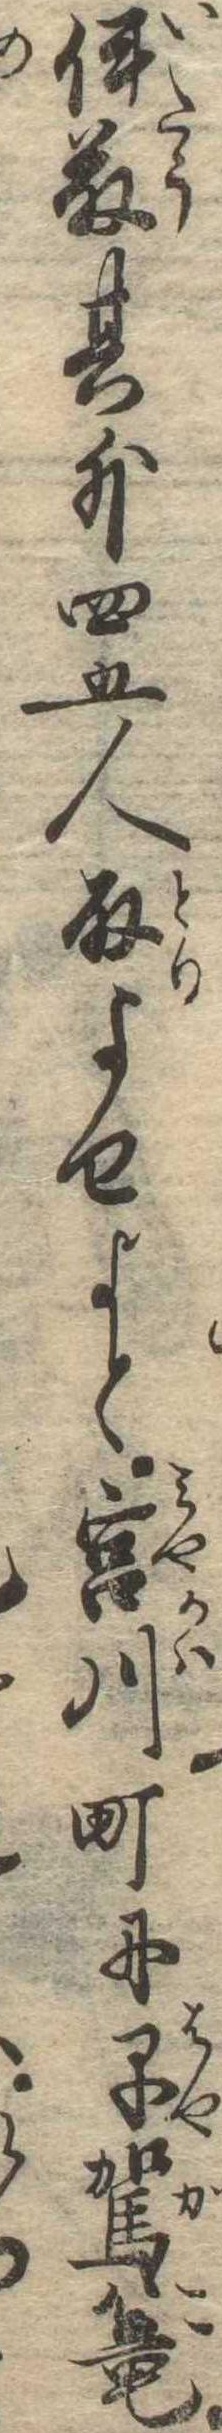
伊藤其外四五人取よせよと宮川町に早駕篭